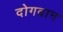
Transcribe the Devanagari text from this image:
दोगदान